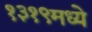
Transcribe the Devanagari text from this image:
१३१९मध्ये